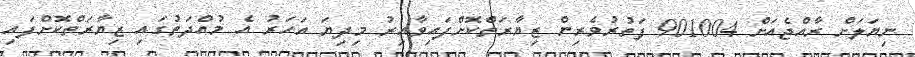
ނިޔަލަށް ރާއްޖެއަށް 901004 ފަތުރުވެރިން ޒިޔާރަތްކޮށްފައިވާއިރު މިދިޔަ އަހަރު އެ މުއްދަތުގައި ޒިޔާރަތްކޮށްފައި